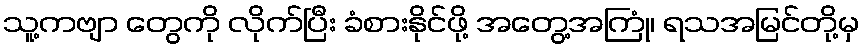
သူ့ကဗျာ တွေကို လိုက်ပြီး ခံစားနိုင်ဖို့ အတွေ့အကြုံ၊ ရသအမြင်တို့မှ